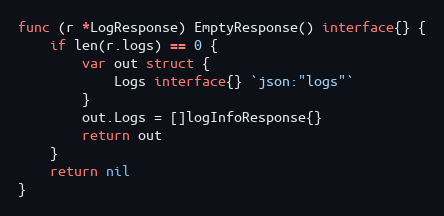
Language: Go
func (r *LogResponse) EmptyResponse() interface{} {
	if len(r.logs) == 0 {
		var out struct {
			Logs interface{} `json:"logs"`
		}
		out.Logs = []logInfoResponse{}
		return out
	}
	return nil
}